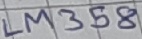
Text: LM358